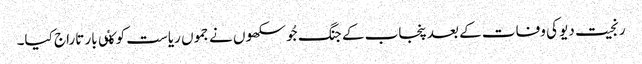
رنجیت دیو کی وفات کے بعد پنجاب کے جنگ جُو سکھوں نے جموں ریاست کو کٸی بار تاراج کیا۔